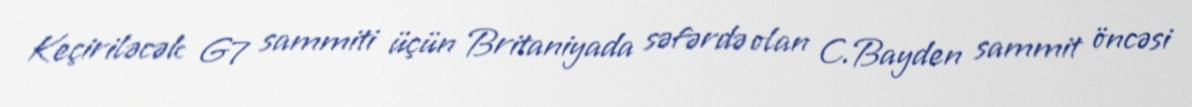
Keçiriləcək G7 sammiti üçün Britaniyada səfərdə olan C.Bayden sammit öncəsi